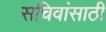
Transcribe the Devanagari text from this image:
सचिवांसाठी